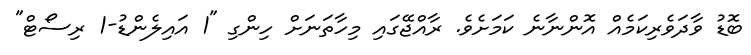
ބޮޑު ވާދަވެރިކަމެއް އޮންނާނެ ކަމަށެވެ. ރާއްޖޭގައި މިހާތަނަށް ހިންގި "1 އައިލެންޑު-1 ރިސޯޓް"